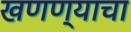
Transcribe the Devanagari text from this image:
खणण्याचा